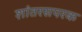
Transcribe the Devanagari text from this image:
शांतरसपरक